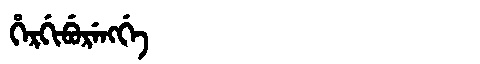
Manchu: ᡥᡝᡵᡤᡳᠪᡠᡵᡝᠩᡤᡝ
Romanization: HERGIBURENGGE